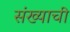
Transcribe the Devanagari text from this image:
संख्याची